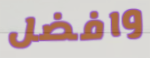
وافضل